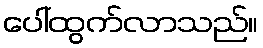
ပေါ်ထွက်လာသည်။